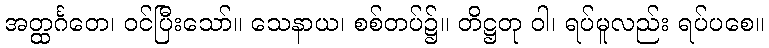
အတ္ထင်္ဂတေ၊ ဝင်ပြီးသော်။ သေနာယ၊ စစ်တပ်၌။ တိဋ္ဌတု ဝါ၊ ရပ်မူလည်း ရပ်ပစေ။